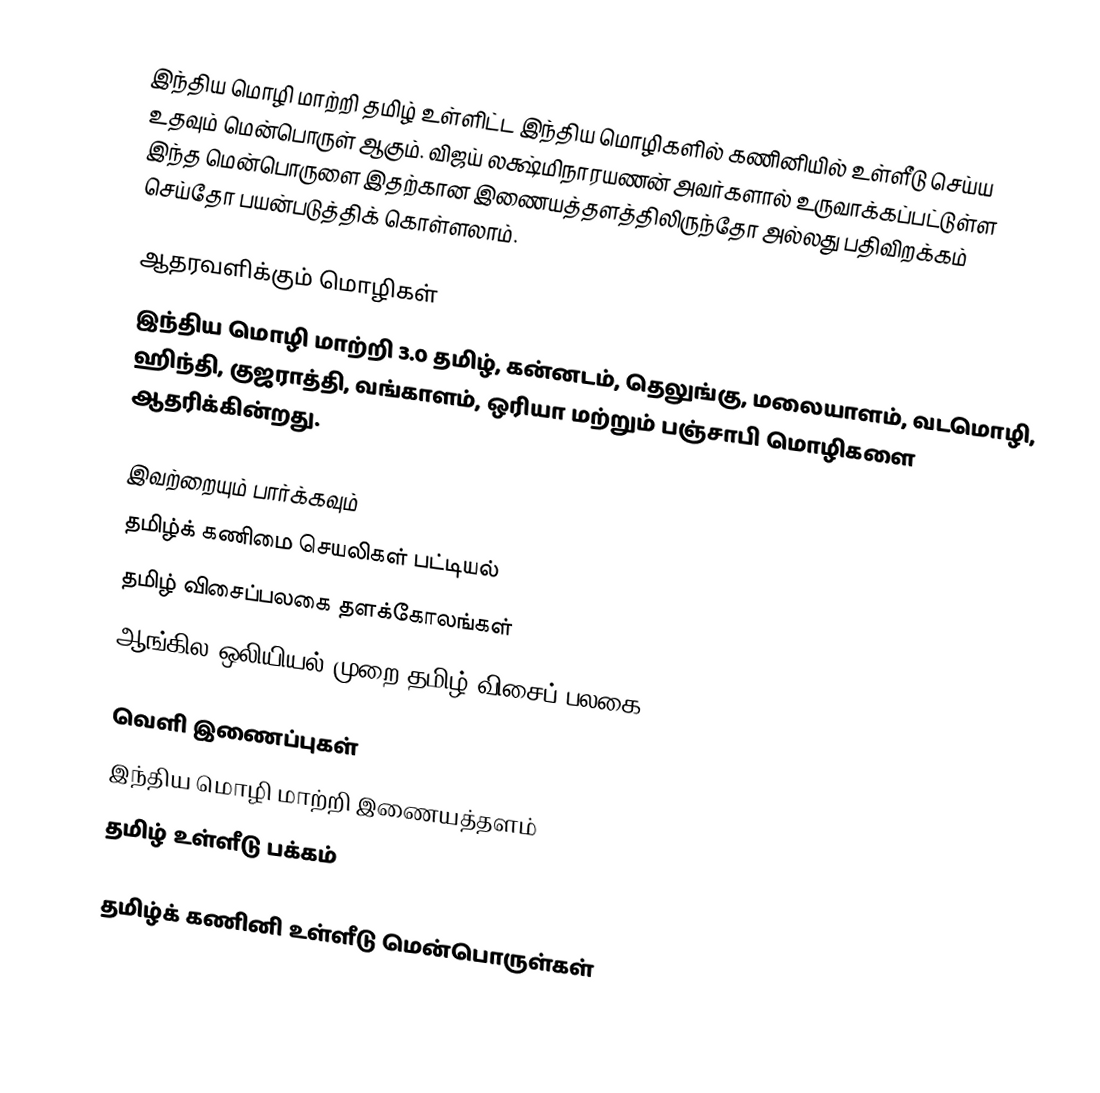
இந்திய மொழி மாற்றி தமிழ் உள்ளிட்ட இந்திய மொழிகளில் கணினியில் உள்ளீடு செய்ய உதவும் மென்பொருள் ஆகும். விஜய் லக்ஷ்மிநாரயணன் அவர்களால் உருவாக்கப்பட்டுள்ள இந்த மென்பொருளை இதற்கான  இணையத்தளத்திலிருந்தோ  அல்லது பதிவிறக்கம் செய்தோ பயன்படுத்திக் கொள்ளலாம்.

ஆதரவளிக்கும் மொழிகள்
இந்திய மொழி மாற்றி 3.0 தமிழ், கன்னடம், தெலுங்கு, மலையாளம், வடமொழி, ஹிந்தி, குஜராத்தி, வங்காளம், ஒரியா மற்றும் பஞ்சாபி மொழிகளை ஆதரிக்கின்றது.

இவற்றையும் பார்க்கவும்
 தமிழ்க் கணிமை செயலிகள் பட்டியல்
 தமிழ் விசைப்பலகை தளக்கோலங்கள்
 ஆங்கில ஒலியியல் முறை தமிழ் விசைப் பலகை

வெளி இணைப்புகள்
 இந்திய மொழி மாற்றி இணையத்தளம்
 தமிழ் உள்ளீடு பக்கம்

தமிழ்க் கணினி உள்ளீடு மென்பொருள்கள்